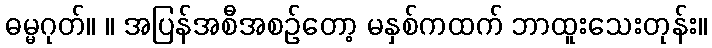
ဓမ္မဂုတ်။ ။ အပြန်အစီအစဉ်တော့ မနှစ်ကထက် ဘာထူးသေးတုန်း။